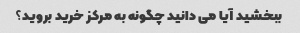
ببخشید آیا می دانید چگونه به مرکز خرید بروید؟